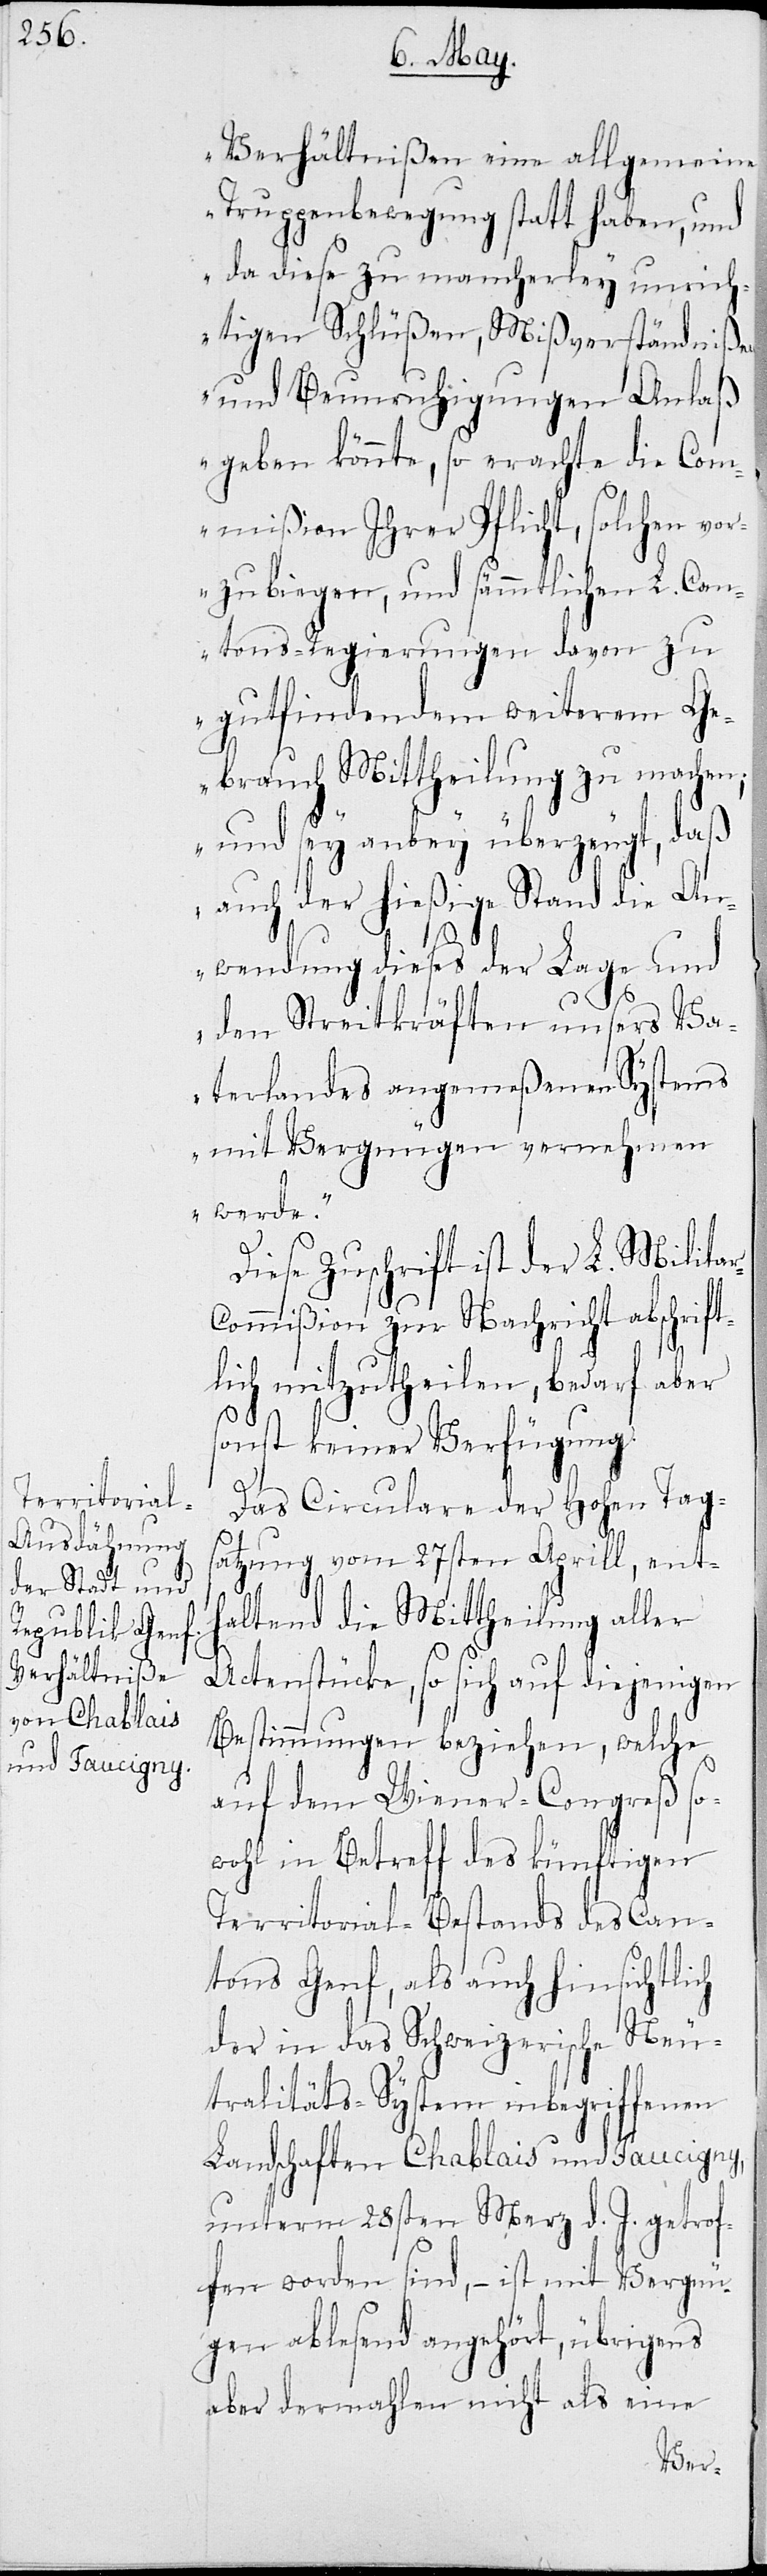
Verhältnißen eine allgemeine
Truppenbewegung statt haben, und
da diese zu mancherley unrich¬
tigen Schlüßen, Mißverständnißen
und Beunruhigungen Anlaß
geben könnte, so erachte die Com¬
mißion Ihrer Pflicht, solchen vor¬
zubiegen, und sämmtlichen L. Can¬
tons-Regierungen davon zu
gutfindendem weiterem Ge¬
brauch Mittheilung zu machen;
und sey anbey überzeugt, daß
auch der hießige Stand die An¬
wendung dieses der Lage und
den Streitkräften unseres Va¬
terlandes angemeßenen Systems
mit Vergnügen vernehmen
werde.“
r-C¬
Diese Zuschrift ist der L. Milita¬
ommißion zur Nachricht abschrift¬
lich mitzutheilen, bedarf aber
sonst keiner Verfügung.
Das Circulare der Hohen Tags¬
atzung vom 27sten Aprill, enth¬
altend die Mittheilung aller
Actenstücke, so sich auf diejenigen
Bestimmungen beziehen, welche
auf dem Wiener-Congreß so¬
wohl in Betreff des künftigen
Territorial-Bestands des Can¬
tons Genf, als auch hinsichtlich
der in das Schweizerische Neu¬
tralitäts-System einbegriffenen
Landschaften Chablais und Faucigny,
unterm 28sten Merz d. J. getrof¬
fen worden sind, – ist mit Vergnü¬
gen ablesend angehört, übrigens
aber dermahlen nicht als eine